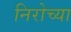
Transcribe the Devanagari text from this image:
निरोच्या